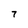
Character: 7